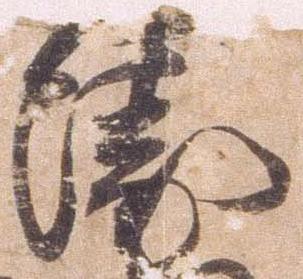
衛